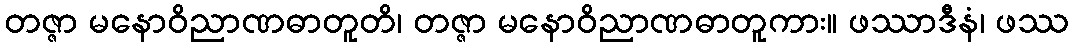
တဇ္ဇာ မနောဝိညာဏဓာတူတိ၊ တဇ္ဇာ မနောဝိညာဏဓာတူကား။ ဖဿာဒီနံ၊ ဖဿ